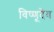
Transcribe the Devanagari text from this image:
विष्णूदेव